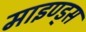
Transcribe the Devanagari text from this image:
माइण्ड्स